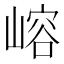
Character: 嵱